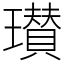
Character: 瓉